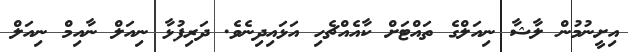
އިށީނުމުން ލާޝާ ނިއަލްގެ ތައްޓަށް ކާއެއްޗެހި އަޅައިދިނެވެ. ދަރިފުޅާ ނިއަލް ނާއިމް ނިއަލް